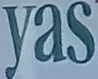
Yas